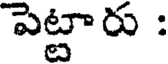
పెట్టారు :